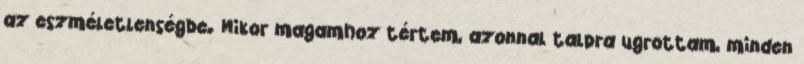
az eszméletlenségbe. Mikor magamhoz tértem, azonnal talpra ugrottam, minden